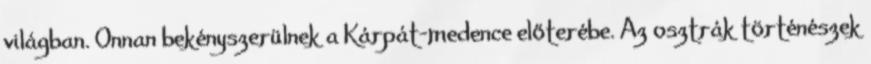
világban. Onnan bekényszerülnek a Kárpát-medence előterébe. Az osztrák történészek